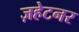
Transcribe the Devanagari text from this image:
ज़हेटनर